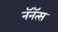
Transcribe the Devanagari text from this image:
नॅनॅत्स